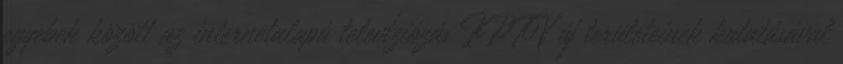
egyebek között az internetalapú televíziózás IPTV új területeinek kutatásával